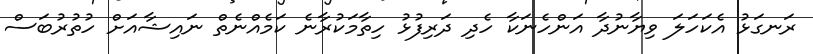
ރަނގަޅު އެކަހަލަ ވިޔާނުދާ އަންހެނަކާ ހެދި ދަރިފުޅު ހިތާމަކުރާނެ ކަމެއްނެތް ނައިޝާއަށް ހުތުރުބަސް